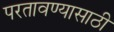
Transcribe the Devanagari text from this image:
परतावण्यासाठी